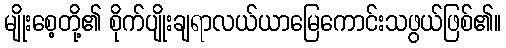
မျိုးစေ့တို့၏ စိုက်ပျိုးချရာလယ်ယာမြေကောင်းသဖွယ်ဖြစ်၏။